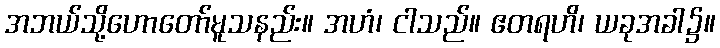
အဘယ်သို့ဟောတော်မူသနည်း။ အဟံ၊ ငါသည်။ ဧတရဟိ၊ ယခုအခါ၌။